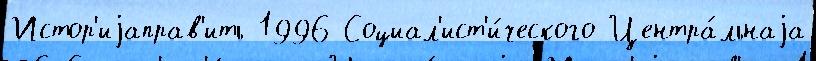
Истор'иjаправ'ить 1996 Социал'ист'и́ческого Центра́льнаjа